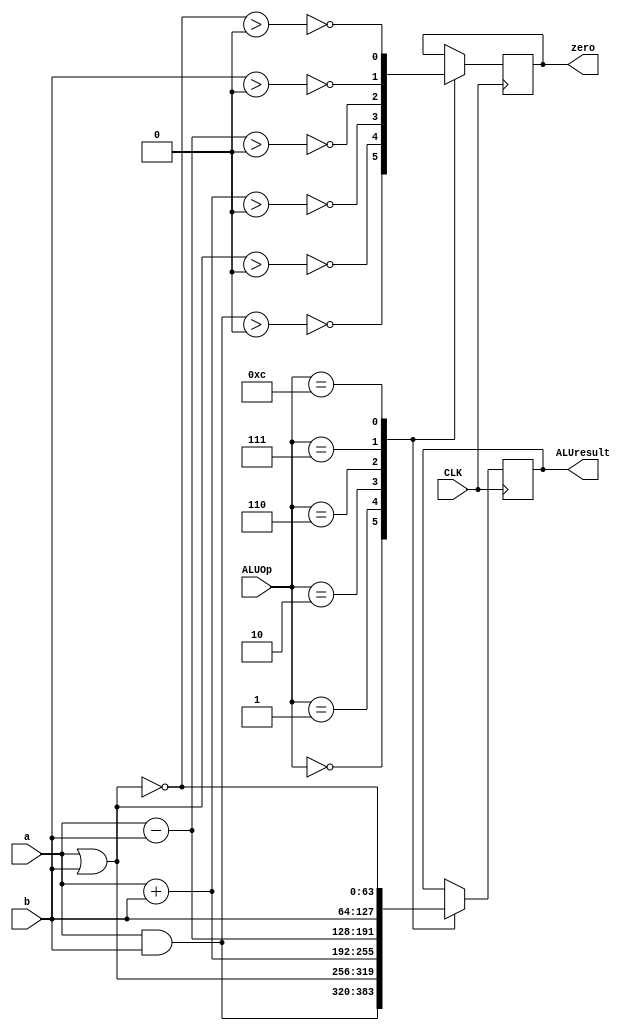
`timescale 1ns / 1ps
//////////////////////////////////////////////////////////////////////////////////
// Company: 
// Engineer: 
// 
// Design Name: 
// Module Name: ALU
// Project Name: 
// Target Devices: 
// Tool Versions: 
// Description: 
// 
// Dependencies: 
// 
// Revision:
// Revision 0.01 - File Created
// Additional Comments:
// 
//////////////////////////////////////////////////////////////////////////////////


module ALU(a, b, ALUOp, ALUresult, zero, CLK);
output reg [63:0]ALUresult;     //Result
output reg zero;                //Output is high if the result is 0
input wire [3:0]ALUOp;          //Operation code (ALU Control)
input wire [63:0]a, b;  //where input b is controlled by the MUX just outside the ALU
input wire CLK;

//Since the project requires a "high as possible level of abstraction design methodology"
//This code will be as simple and high level as possible.
initial begin
zero <= 1'b0;
ALUresult <= 64'b0;
end

always @ (posedge CLK) begin
//perform function based on Operation Code
case(ALUOp)
    4'b0000: begin //AND Operation
    ALUresult = a & b;
    zero = ~((a & b) > 0);
    end
    4'b0001: begin //OR Operation
    ALUresult = a | b;
    zero = ~((a | b) > 0);
    end
    4'b0010: begin //ADD Operation
    ALUresult = a + b;
    zero = ~((a + b) > 0);
    end
    4'b0110: begin //Subtract Operation
    ALUresult = a - b;
    zero = ~((a - b) > 0);
    end
    4'b0111: begin //Pass input b Operation
    ALUresult = b;
    zero = ~(b > 0);
    end
    4'b1100: begin //NOR Operation
    ALUresult = ~(a | b);
    zero = ~(~(a | b) > 0);
    end
endcase




end

endmodule